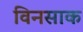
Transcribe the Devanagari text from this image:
विनसाक